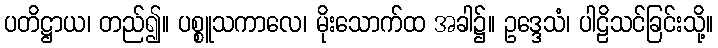
ပတိဋ္ဌာယ၊ တည်၍။ ပစ္စူသကာလေ၊ မိုးသောက်ထ အခါ၌။ ဥဒ္ဒေသံ၊ ပါဠိသင်ခြင်းသို့။